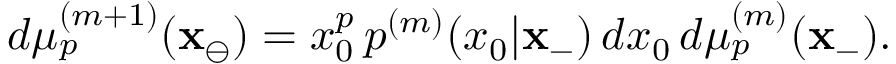
d \mu _ { p } ^ { ( m + 1 ) } ( \mathbf { x } _ { \ominus } ) = x _ { 0 } ^ { p } \, p ^ { ( m ) } ( x _ { 0 } | \mathbf { x } _ { - } ) \, d x _ { 0 } \, d \mu _ { p } ^ { ( m ) } ( \mathbf { x } _ { - } ) .